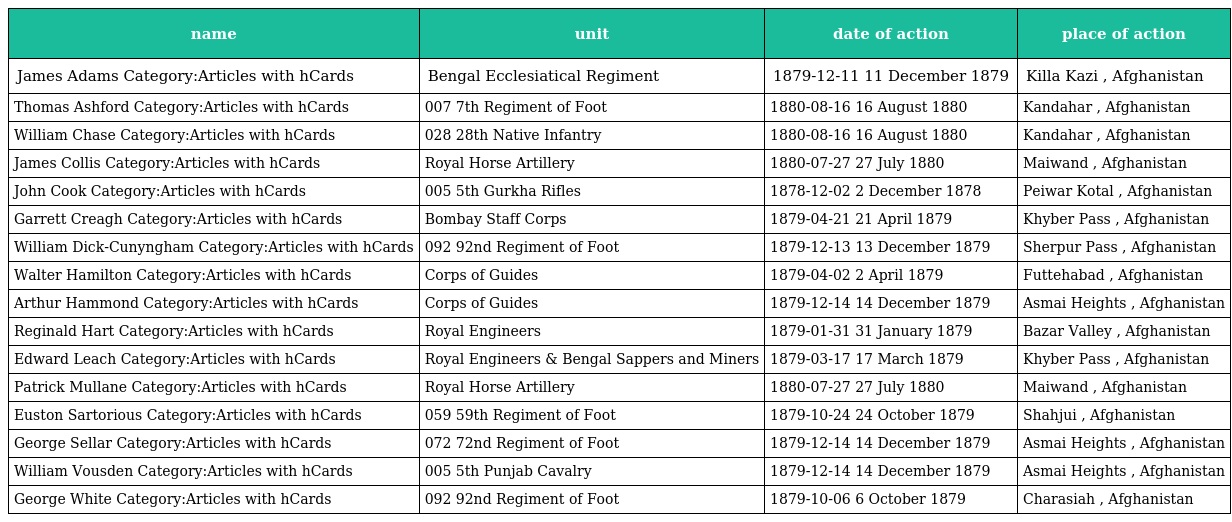
| name | unit | date of action | place of action |
 | --- | --- | --- | --- |
 | James Adams Category:Articles with hCards | Bengal Ecclesiatical Regiment | 1879-12-11 11 December 1879 | Killa Kazi , Afghanistan |
 | Thomas Ashford Category:Articles with hCards | 007 7th Regiment of Foot | 1880-08-16 16 August 1880 | Kandahar , Afghanistan |
 | William Chase Category:Articles with hCards | 028 28th Native Infantry | 1880-08-16 16 August 1880 | Kandahar , Afghanistan |
 | James Collis Category:Articles with hCards | Royal Horse Artillery | 1880-07-27 27 July 1880 | Maiwand , Afghanistan |
 | John Cook Category:Articles with hCards | 005 5th Gurkha Rifles | 1878-12-02 2 December 1878 | Peiwar Kotal , Afghanistan |
 | Garrett Creagh Category:Articles with hCards | Bombay Staff Corps | 1879-04-21 21 April 1879 | Khyber Pass , Afghanistan |
 | William Dick-Cunyngham Category:Articles with hCards | 092 92nd Regiment of Foot | 1879-12-13 13 December 1879 | Sherpur Pass , Afghanistan |
 | Walter Hamilton Category:Articles with hCards | Corps of Guides | 1879-04-02 2 April 1879 | Futtehabad , Afghanistan |
 | Arthur Hammond Category:Articles with hCards | Corps of Guides | 1879-12-14 14 December 1879 | Asmai Heights , Afghanistan |
 | Reginald Hart Category:Articles with hCards | Royal Engineers | 1879-01-31 31 January 1879 | Bazar Valley , Afghanistan |
 | Edward Leach Category:Articles with hCards | Royal Engineers & Bengal Sappers and Miners | 1879-03-17 17 March 1879 | Khyber Pass , Afghanistan |
 | Patrick Mullane Category:Articles with hCards | Royal Horse Artillery | 1880-07-27 27 July 1880 | Maiwand , Afghanistan |
 | Euston Sartorious Category:Articles with hCards | 059 59th Regiment of Foot | 1879-10-24 24 October 1879 | Shahjui , Afghanistan |
 | George Sellar Category:Articles with hCards | 072 72nd Regiment of Foot | 1879-12-14 14 December 1879 | Asmai Heights , Afghanistan |
 | William Vousden Category:Articles with hCards | 005 5th Punjab Cavalry | 1879-12-14 14 December 1879 | Asmai Heights , Afghanistan |
 | George White Category:Articles with hCards | 092 92nd Regiment of Foot | 1879-10-06 6 October 1879 | Charasiah , Afghanistan |